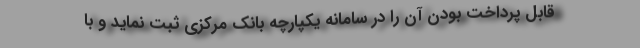
قابل پرداخت بودن آن را در سامانه یکپارچه بانک مرکزی ثبت نماید و با